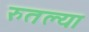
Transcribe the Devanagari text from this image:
रुतल्या